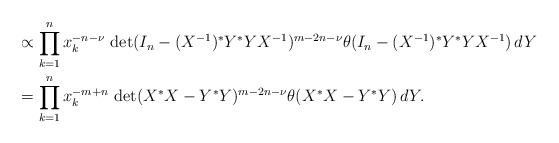
\begin{align*} & \propto \prod_{k=1}^n x_k^{-n-\nu} \, \det(I_n - (X^{-1})^* Y^* Y X^{-1})^{m-2n-\nu} \theta(I_n-(X^{-1})^* Y^* Y X^{-1}) \, dY\\ & = \prod_{k=1}^n x_k^{-m+n} \, \det(X^* X - Y^* Y)^{m-2n-\nu} \theta(X^*X - Y^* Y) \, dY. \end{align*}